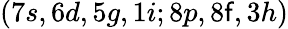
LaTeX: (7s,6d,5g,1i;8p,8\mathsf{f},3h)